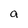
Character: a